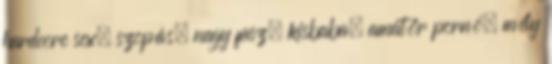
hardcore sex, szopás, nagy fasz, kisbaba, amatőr pornó, mély